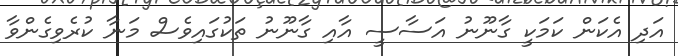
އަދި އެކަން ކަމަކީ ގާނޫނު އަސާސީ އާއި ގާނޫނު ތަކުގައިވެސް މަނާ ކުރެވިގެންވާ